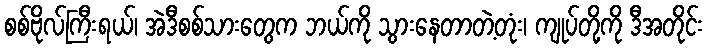
စစ်ဗိုလ်ကြီးရယ်၊ အဲဒီစစ်သားတွေက ဘယ်ကို သွားနေတာတဲ့တုံး၊ ကျုပ်တို့ကို ဒီအတိုင်း